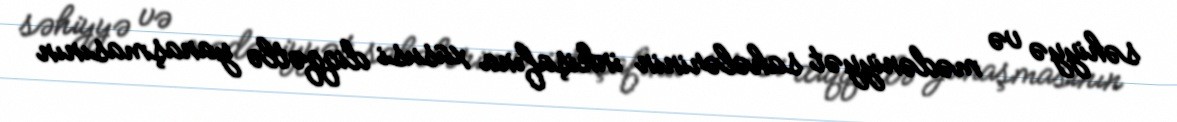
səhiyyə və mədəniyyət sahələrinin inkişafına xüsusi diqqətlə yanaşmasının